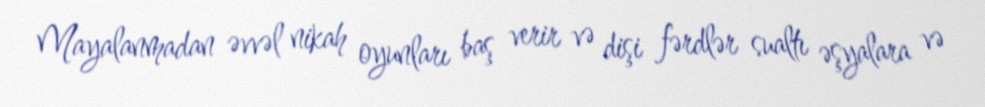
Mayalanmadan əvvəl nikah oyunları baş verir və dişi fərdlər sualtı əşyalara və